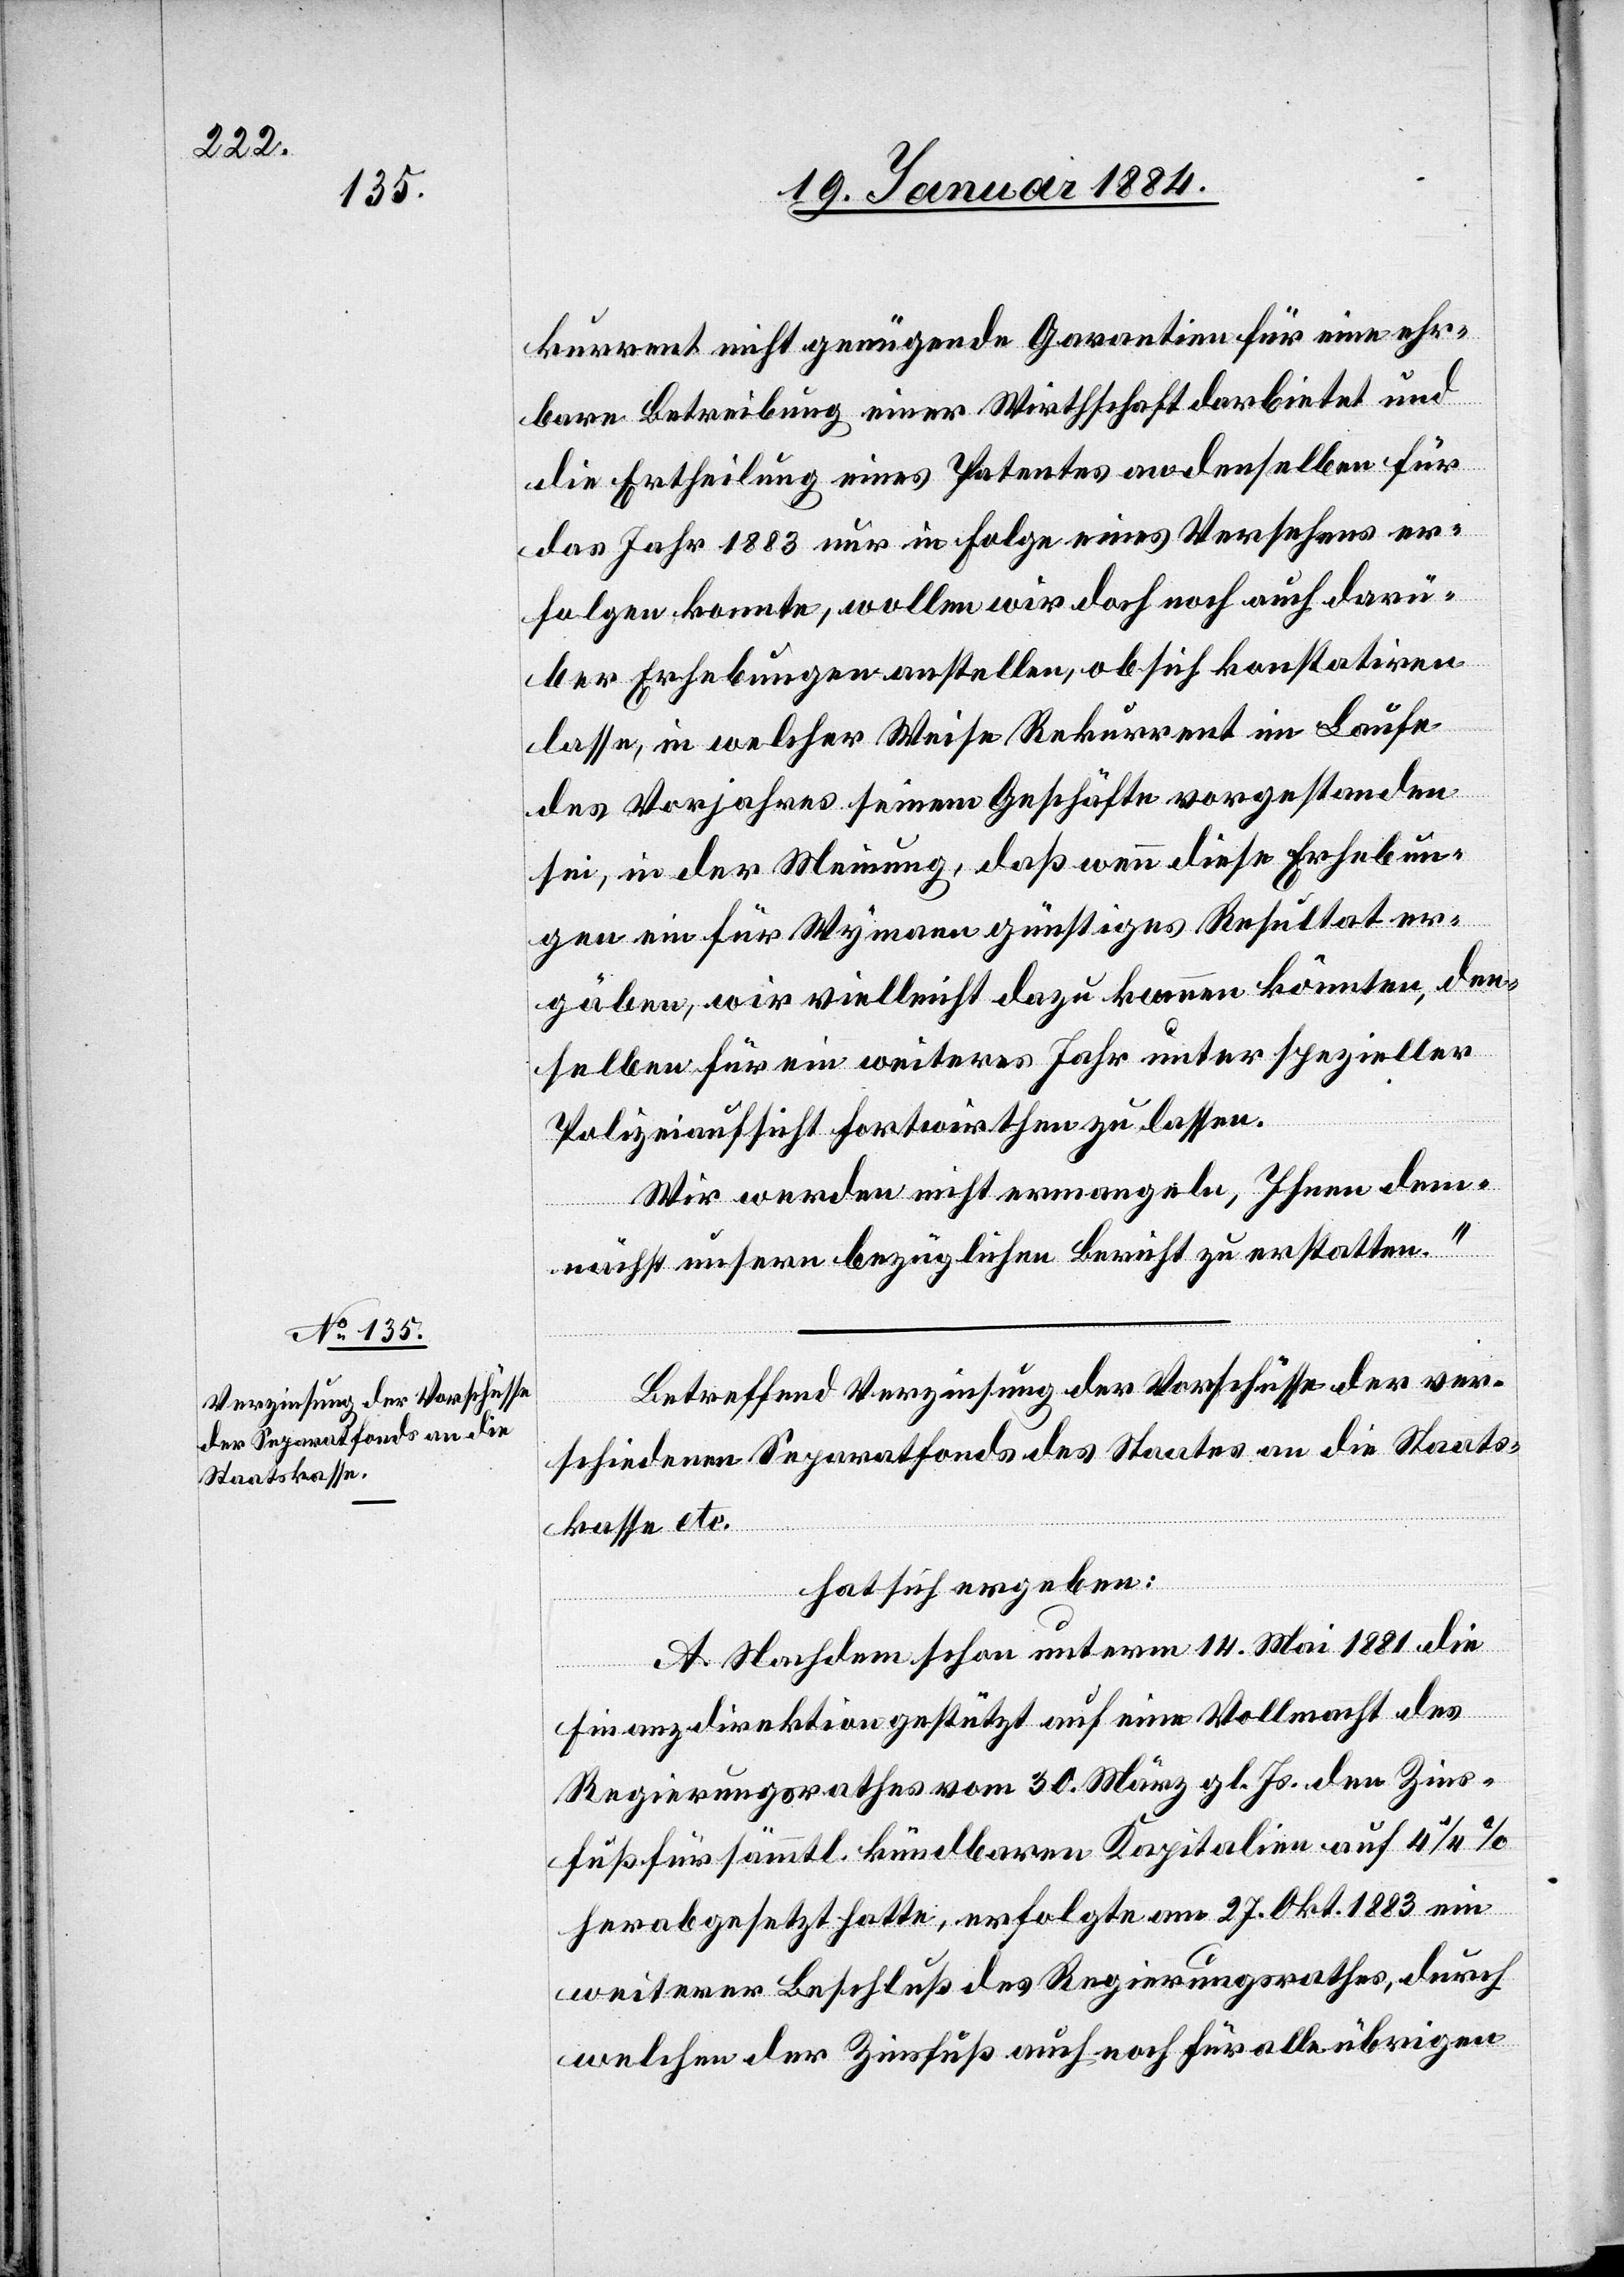
kurrent nicht genügende Garantien für eine ehr¬
bare Betreibung einer Wirtschaft darbietet und
die Ertheilung eines Patentes an denselben für
das Jahr 1883 nur in Folge eines Versehens er¬
folgen konnte, wollen wir doch noch auch darü¬
ber Erhebungen anstellen, ob sich konstatiren
lasse, in welcher Weise Rekurrent im Laufe
des Vorjahres seinen Geschäften vorgestanden
sei, in der Meinung, daß wenn diese Erhebun¬
gen ein für Wymann günstiges Resultat er¬
gäben, wir vielleicht dazu kommen könnten, den¬
selben für ein weiteres Jahr unter spezieller
Polizeiaufsicht fortwirthen zu lassen.
Wir werden nicht ermangeln, Ihnen dem¬
nächst unseren bezüglichen Bericht zu erstatten.“
Betreffend Verzinsung der Vorschüsse der ver¬
schiedenen Separatfonds des Staates an die Staats¬
kasse etc.
hat sich ergeben:
A. Nachdem schon unterm 14. Mai 1881 die
Finanzdirektion gestützt auf eine Vollmacht des
Regierungsrathes vom 30. März gl. Js. den Zins¬
fuß für sämtl. kündbaren Kapitalien auf 4 1/4%
herabgesetzt hatte, erfolgte am 27. Okt. 1883 ein
weiterer Beschluß des Regierungsrathes, durch
welchen der Zinsfuß auch noch für alle übrigen